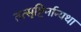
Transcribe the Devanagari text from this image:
तत्सृष्टिर्नान्यथा